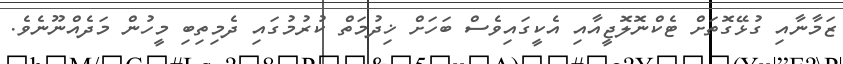
ޒަމާނާއި ގުޅޭގޮތަށް ޓެކްނޮލޮޖީއާއި އެކީގައިވެސް ބަހަށް ޚިދުމަތް ކުރުމުގައި ދެމިތިބި މީހުން މަދެއްނޫނެވެ.